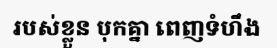
របស់ខ្លួន បុកគ្នា ពេញទំហឹង